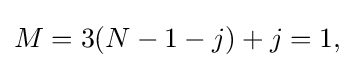
M=3(N-1-j)+j=1,\!